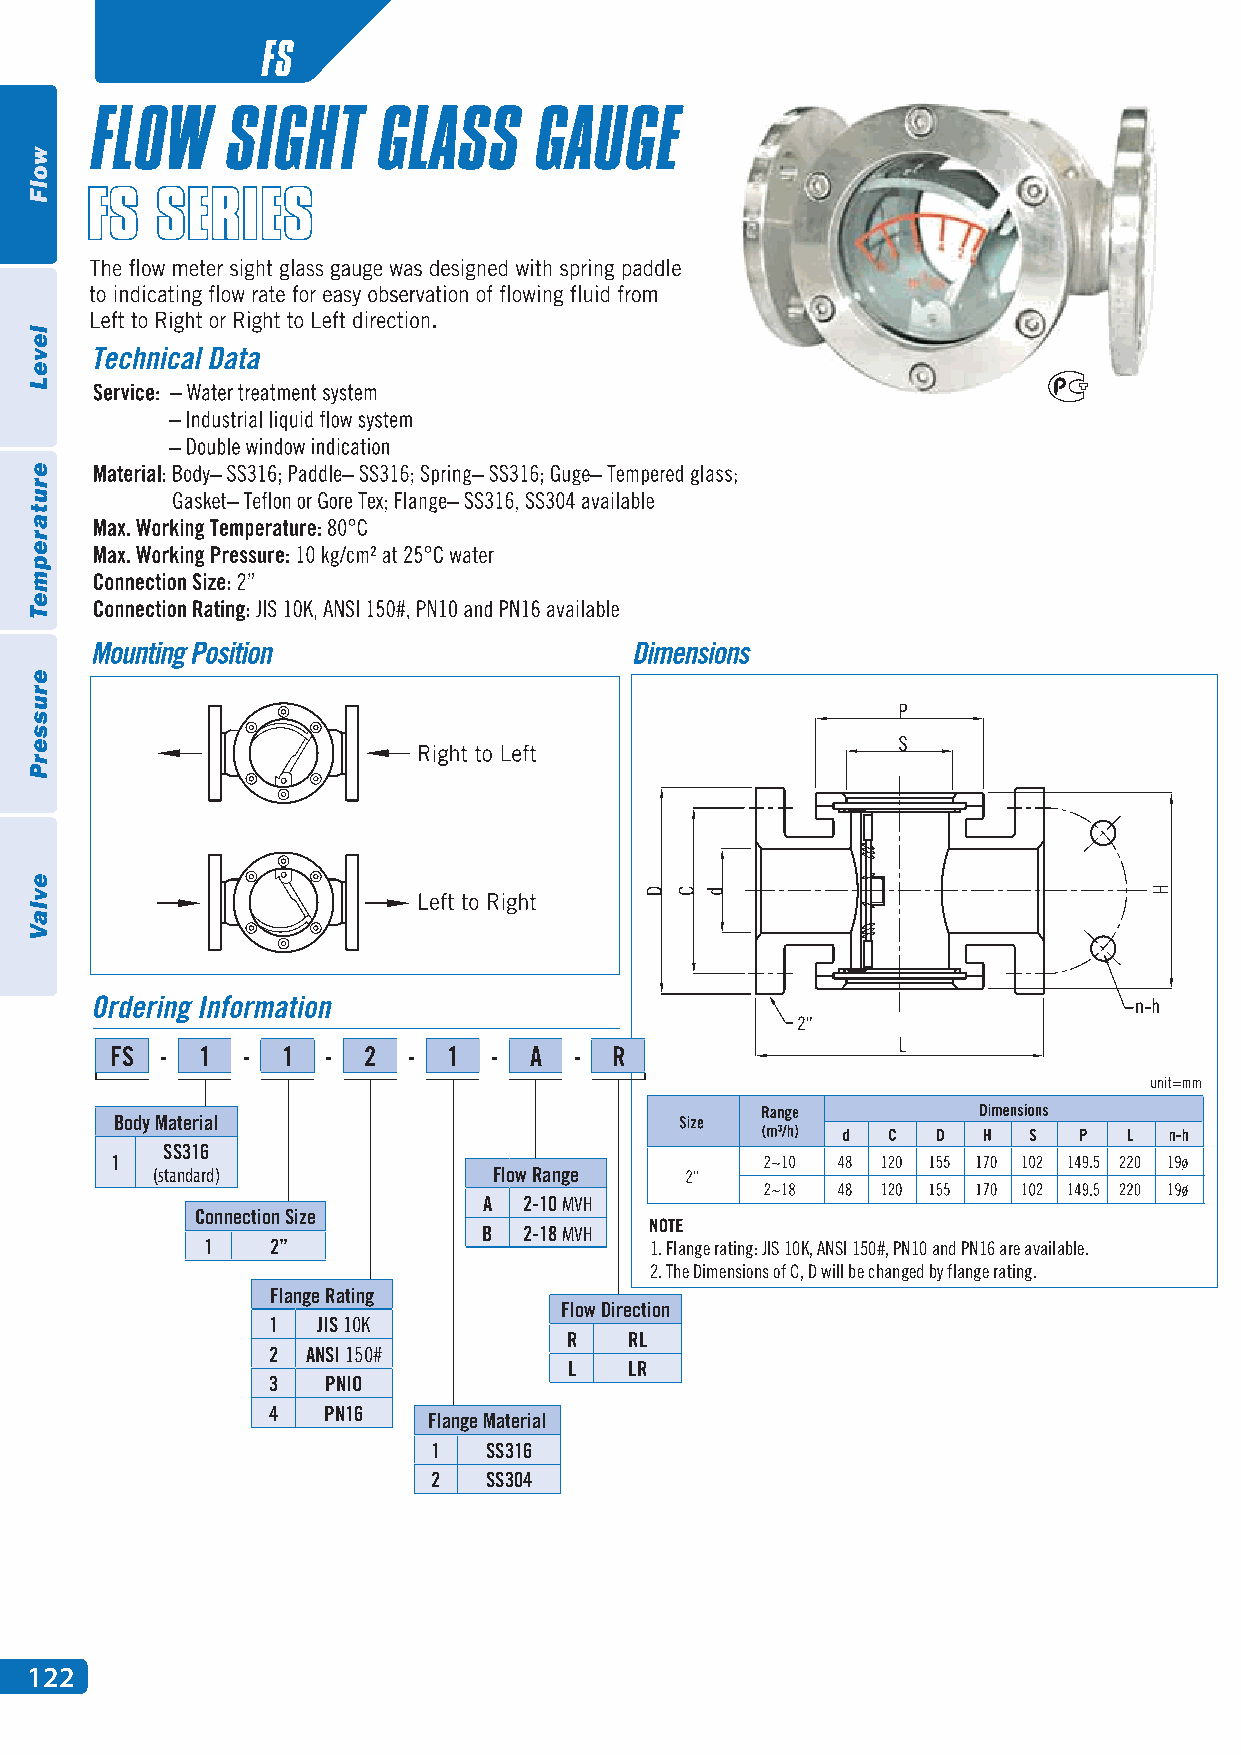
FS
 FS  - 1  -  1  - 2  -  1 -  A  - R
 Body Material
 SS316
 1
 (standard)             Flow Range
 A  2-10 MVH
 Connection Size
 B  2-18 MVH
 1    2”                       1. Flange rating: JIS 10K, ANSI 150#, PN10 and PN16 are available.
 2. The Dimensions of C, D will be changed by flange rating.
 Flange Rating
 Flow Direction
 1  JIS 10K
 R    RL
 2 ANSI 150#
 L   LR
 3   PNIO
 4  PN16
 Flange Material
 1  SS316
 2  SS304
 122
 wolF
 leveL
 erutarepmeT
 erusserP
 evlaV